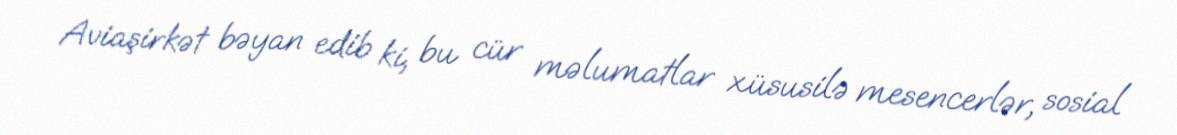
Aviaşirkət bəyan edib ki, bu cür məlumatlar xüsusilə mesencerlər, sosial